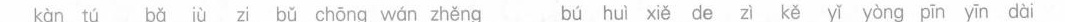
k\grave{a} n t\acute{u} b\check{a} j\grave{u} zi b\check{u} ch\bar{o} ng w\acute{a} n zh\check{e} ng b\acute{u} hu\grave{i} xi\check{e} de z\grave{i} k\check{e} y\check{i} y\grave{o} ng p\bar{i} n y\bar{i} n d\grave{a} i